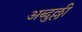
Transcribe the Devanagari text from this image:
अब्दुल्ली